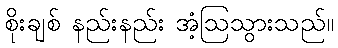
စိုးချစ် နည်းနည်း အံ့ဩသွားသည်။